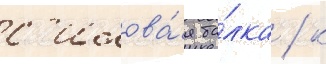
с'илова́я ба́лка / к